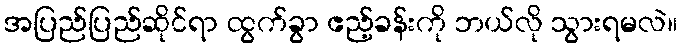
အပြည်ပြည်ဆိုင်ရာ ထွက်ခွာ ဧည့်ခန်းကို ဘယ်လို သွားရမလဲ။